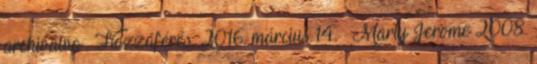
archiválva . Hozzáférés: 2016. március 14. ↑ Marty Jerome 2008.